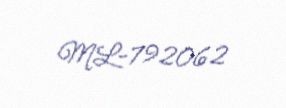
ML-792062